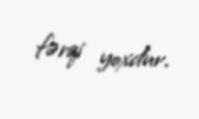
fərqi yoxdur.